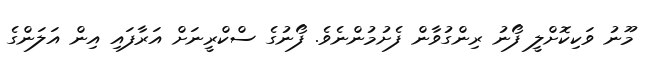
މޫނު ވަކިކޮށްލީ ފޯނު ރިންގުވާން ފެށުމުންނެވެ. ފޯނުގެ ސްކްރީނަށް އަރާފައި އިން އަލަންގެ